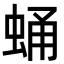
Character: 蛹